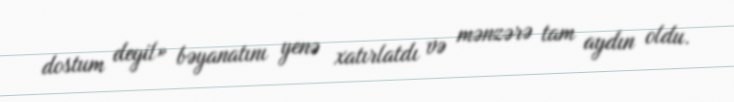
dostum deyil» bəyanatını yenə xatırlatdı və mənzərə tam aydın oldu.